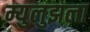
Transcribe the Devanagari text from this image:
म्युलुझला